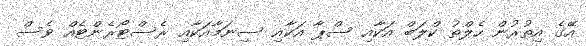
އޭގެ އިތުރުން ހެލްތު ކްލަބް އަކާއި ސްޕާ އަކާއި ސިނަމާއަކާއި ރެސްޓޯރެންޓެއް ވެސް